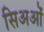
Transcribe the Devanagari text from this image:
सिअओं